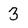
Character: 3